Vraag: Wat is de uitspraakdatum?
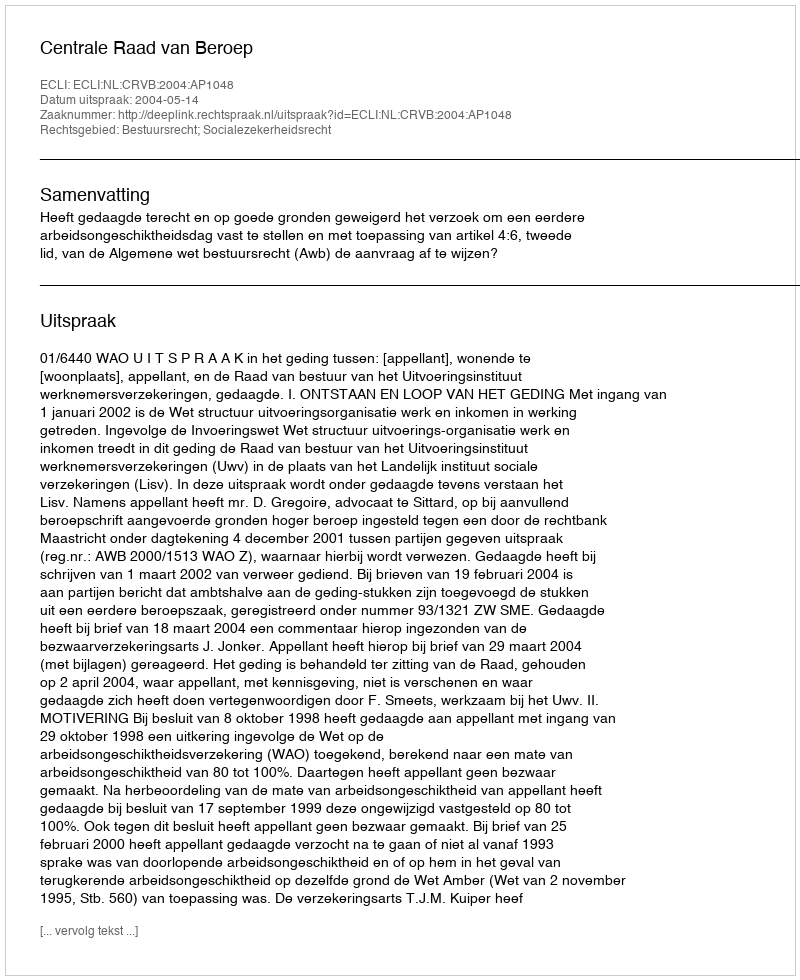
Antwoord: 2004-05-14